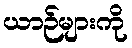
ယာဉ်များကို